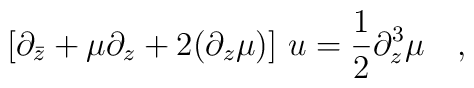
[\partial_{\bar z} + {\mu}\partial_z + 2 (\partial_z {\mu})]~u ={1\over2} \partial_z^3{\mu}\quad,